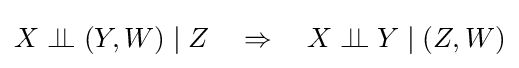
X\perp \!\!\!\perp (Y,W)\mid Z\quad \Rightarrow \quad X\perp \!\!\!\perp Y\mid (Z,W)